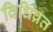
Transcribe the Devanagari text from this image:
विधिव्रत